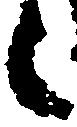
々